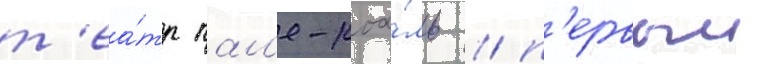
т'еа́тр пал'е-роа́ль / п'ервыи